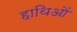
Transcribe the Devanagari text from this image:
हाथिओं